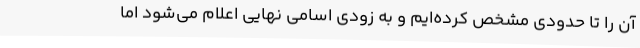
آن را تا حدودی مشخص کرده‌ایم و به زودی اسامی نهایی اعلام می‌شود اما